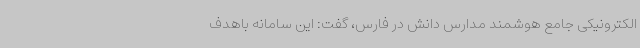
الکترونیکی جامع هوشمند مدارس دانش در فارس، گفت: این سامانه باهدف